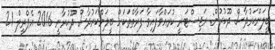
ބީލަންކަރުދާސް ދޫކުރުން: ރަޖިސްޓަރީ ކުރަައްވާފައިވާ ފަރާތްތަކަށް ބީލަންކަރުދާސް ދޫކުރާނީ 2016 އެޕްރީލް 21